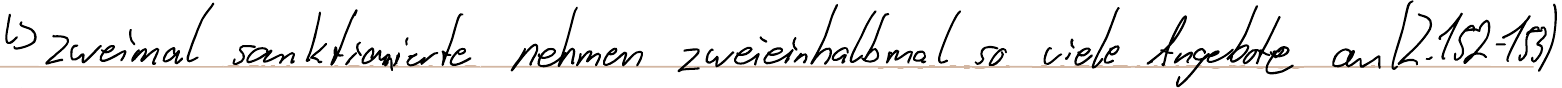
-> zweimal sanktionierte nehmen zweieinhalbmal so viele Angebote an (Z.152-153)